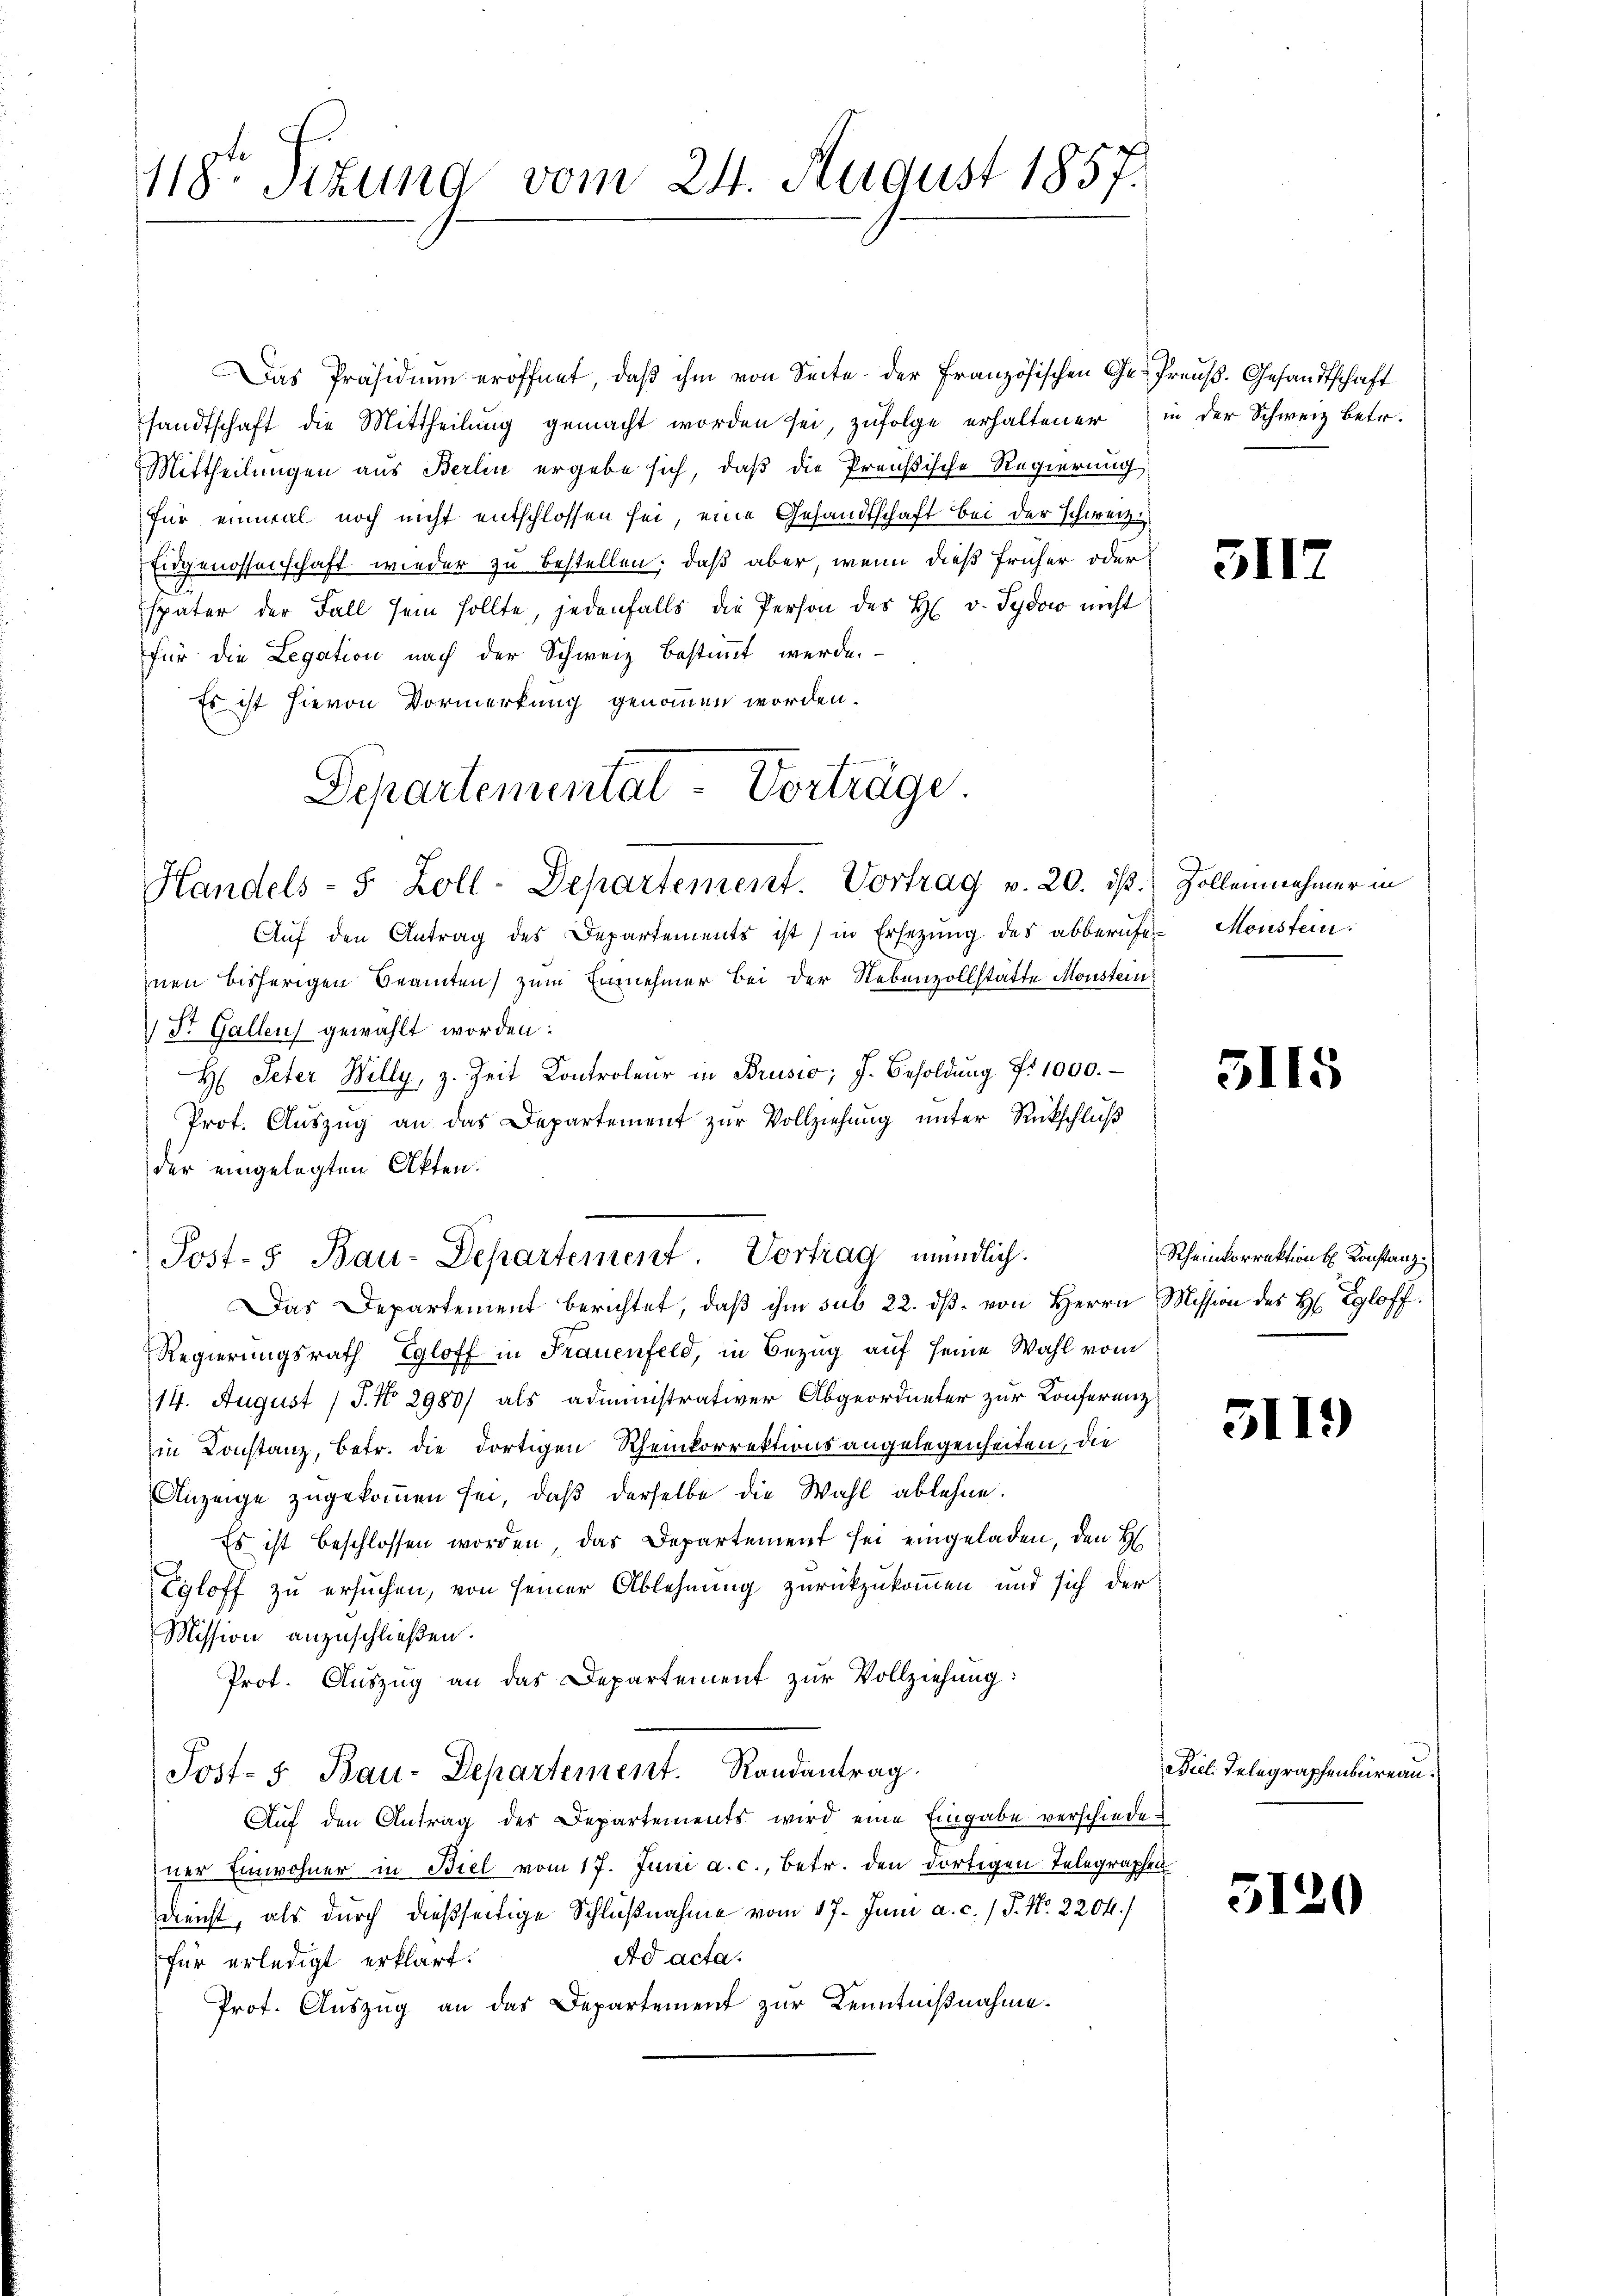
118te Stund vom 24. August 1857.

Das Präsidium eröffnet, daß ihm von Seite der Französischen Ge- Preuß. Gesandtschaft
sandtschaft die Mittheilung gemacht worden sei, zufolge erhaltener in der Schweiz betr.
Mittheilungen aus Berlin ergebe sich, daß die Preußische Regierung
für einmal noch nicht entschlossen sei, eine Gesandtschaft bei der Schweiz.
Eidgenossenschaft wieder zu bestellen; daß aber, wenn dieß früher oder
später der Fall sein sollte, jedenfalls die Person des H. v. Tydow nicht
für die Legation nach der Schweiz bestimmt werde.
Es ist hievon Vormerkung genommen worden.
Aŭf den Antrag des Departements ist in Ersezung des abberufe-Monstein:
nen bisherigen Beamten) zum Einnehmer Bei der Nebenvollstätte Monstein
 Dr. Gallen gewählt worden:
H: Peter Willy, z. Zeit Kontroleur in Brusio; J. Besoldŭng d. 1000.
Prot. Aŭszŭg an das Departement zur Vollziehung unter Rückschluß
der eingelegten Akten.
Post- 5. Bau-Departement. Vortrag mündlich.
Das Departement berichtet, daβ ihm sub 22. dβ. von Herrn Mission des H. Egloff:
Regierungsrath Egloff in Frauenfeld, in Bezug auf seine Wahl vom
14. August 1 S. Nr. 2980/ als administrativer Abgeordneter zur Konferenz
in Constanz, betr. die dortigen Rheinkorrektionsangelegenheiten, die
Anzeige zugekommen sei, daβ derselbe die Wahl ablehne.
Es ist beschlossen worden, das Departement sei eingeladen, den H
Egloff zu ersuchen, von seiner Ablehnung zurückzukommen und sich der
Mission anzuschließen.
Prot. Auszug an das Departement zur Vollziehung:
Jost- 5. Bau-Departement. Randantrag
Auf den Antrag des Departements wird eine Eingabe verschiede
ner Einwohner in Biel vom 17. Juni a. c., betr. den dortigen Telegraphen
Dienst, als durch dießseitige Schlußnahme vom 17. Juni a. c. / P. Nr. 2204.)
Ad acta.
für erledigt erklärt.
Prot. Auszug an das Departement zur Kenntnißnahme.

Departemental - Vorträge
Handels- 5 Zoll-Departement. Vortrag v. 20. ds. Zollennehmer in

311

5115

Rheinkorrektion u. Konstanz¬

51

5120

1)

Biel Telegraphenbureau
f